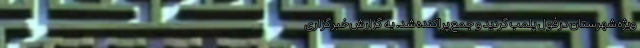
ویژه شهرستان دزفول پلمب گردید و جمع پراکنده شد. به گزارش خبرگزاری